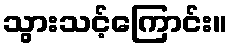
သွားသင့်ကြောင်း။